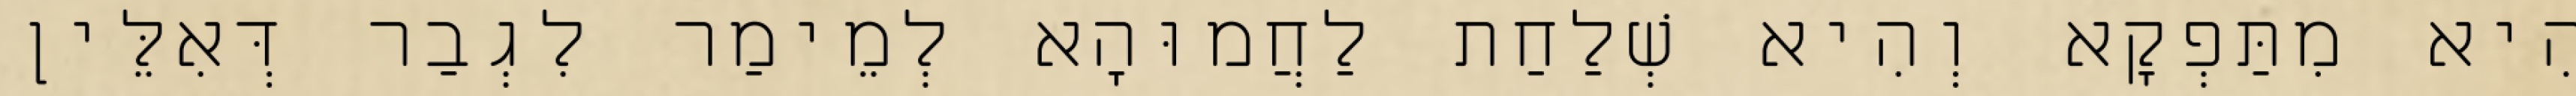
הִיא מִתַּפְקָא וְהִיא שְׁלַחַת לַחֲמוּהָא לְמֵימַר לִגְבַר דְּאִלֵּין